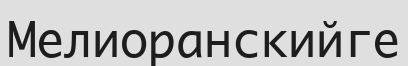
Мелиоранскийге